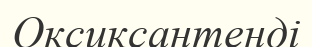
Оксиксантенді